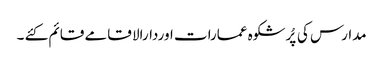
مدارس کی پُرشکوہ عمارات اوردارالا قامے قائم کئے ۔